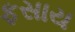
ફસાય